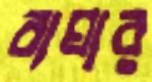
বাঘার